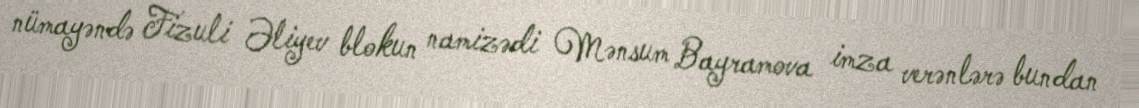
nümayəndə Fizuli Əliyev blokun namizədi Mənsum Bayramova imza verənlərə bundan